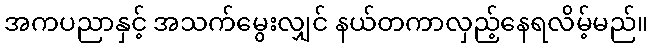
အကပညာနှင့် အသက်မွေးလျှင် နယ်တကာလှည့်နေရလိမ့်မည်။